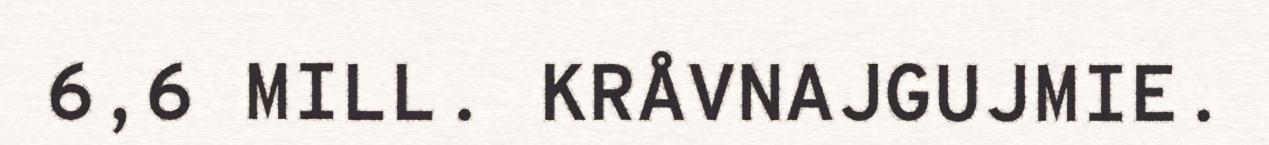
6,6 MILL. KRÅVNAJGUJMIE.